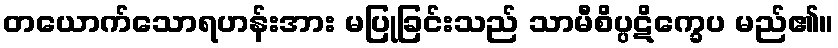
တယောက်သောရဟန်းအား မပြုခြင်းသည် သာမီစိပ္ပဋိက္ခေပ မည်၏။